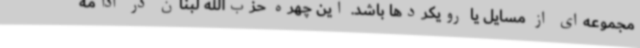
مجموعه‌ای از مسایل یا رویکردها باشد. این چهره حزب‌الله لبنان در ادامه